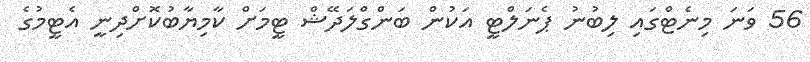
56 ވަނަ މިނެޓްގައި ލިބުނު ޕެނަލްޓީ އަކުން ބަންގްލަދޭޝް ޓީމަށް ކާމިޔާބުކޮށްދިނީ އެޓީމުގެ